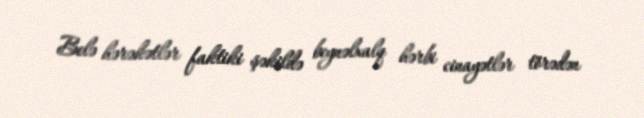
Belə hərəkətlər faktiki şəkildə beynəlxalq hərbi cinayətlər törədən